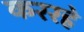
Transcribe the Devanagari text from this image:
कररहे